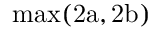
\mathrm { { m a x } ( 2 a , 2 b ) }